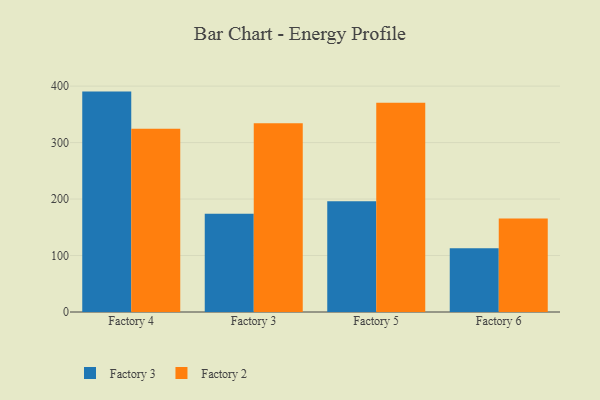
{"axis": {"x": "Factory", "y": "Tickets Resolved"}, "legend": ["Factory 2", "Factory 3"], "data": [{"x": "Factory 4", "y": 390.3, "type": "Factory 3"}, {"x": "Factory 4", "y": 324.7, "type": "Factory 2"}, {"x": "Factory 3", "y": 174.0, "type": "Factory 3"}, {"x": "Factory 3", "y": 334.3, "type": "Factory 2"}, {"x": "Factory 5", "y": 196.2, "type": "Factory 3"}, {"x": "Factory 5", "y": 370.6, "type": "Factory 2"}, {"x": "Factory 6", "y": 113.1, "type": "Factory 3"}, {"x": "Factory 6", "y": 165.6, "type": "Factory 2"}]}